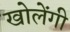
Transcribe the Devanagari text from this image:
खोलेंगी